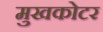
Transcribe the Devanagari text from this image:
मुखकोटर